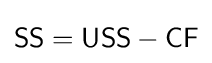
{\textstyle {\mathsf {SS}}={\mathsf {USS}}-{\mathsf {CF}}}